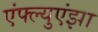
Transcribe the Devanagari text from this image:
एंफ्ल्युएंझा